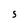
Character: S